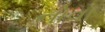
નોવા